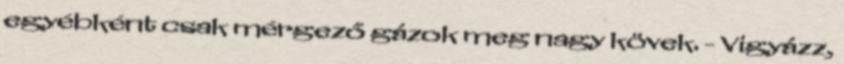
egyébként csak mérgező gázok meg nagy kövek. - Vigyázz,